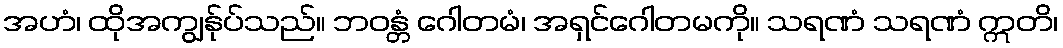
အဟံ၊ ထိုအကျွန်ုပ်သည်။ ဘဝန္တံ ဂေါတမံ၊ အရှင်ဂေါတမကို။ သရဏံ သရဏံ ဣတိ၊